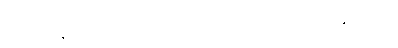
ပရိဝတ္တနောတိ၊ ကား။ ဒဒတော၊ အား။ ပုညံ၊ သည်။ ပဝဍ္ဎတိ၊ ၏။